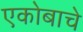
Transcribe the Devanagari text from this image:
एकोबाचे